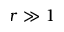
r \gg 1